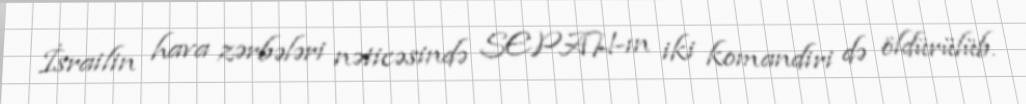
İsrailin hava zərbələri nəticəsində SEPAH-ın iki komandiri də öldürülüb.